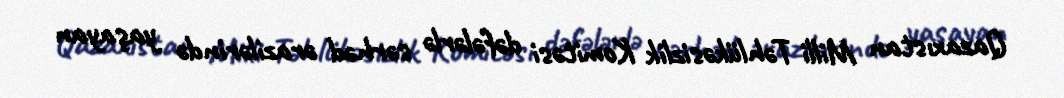
Qazaxıstan Milli Təhlükəsizlik Komitəsi dəfələrlə sərhəd ərazilərində yaşayan